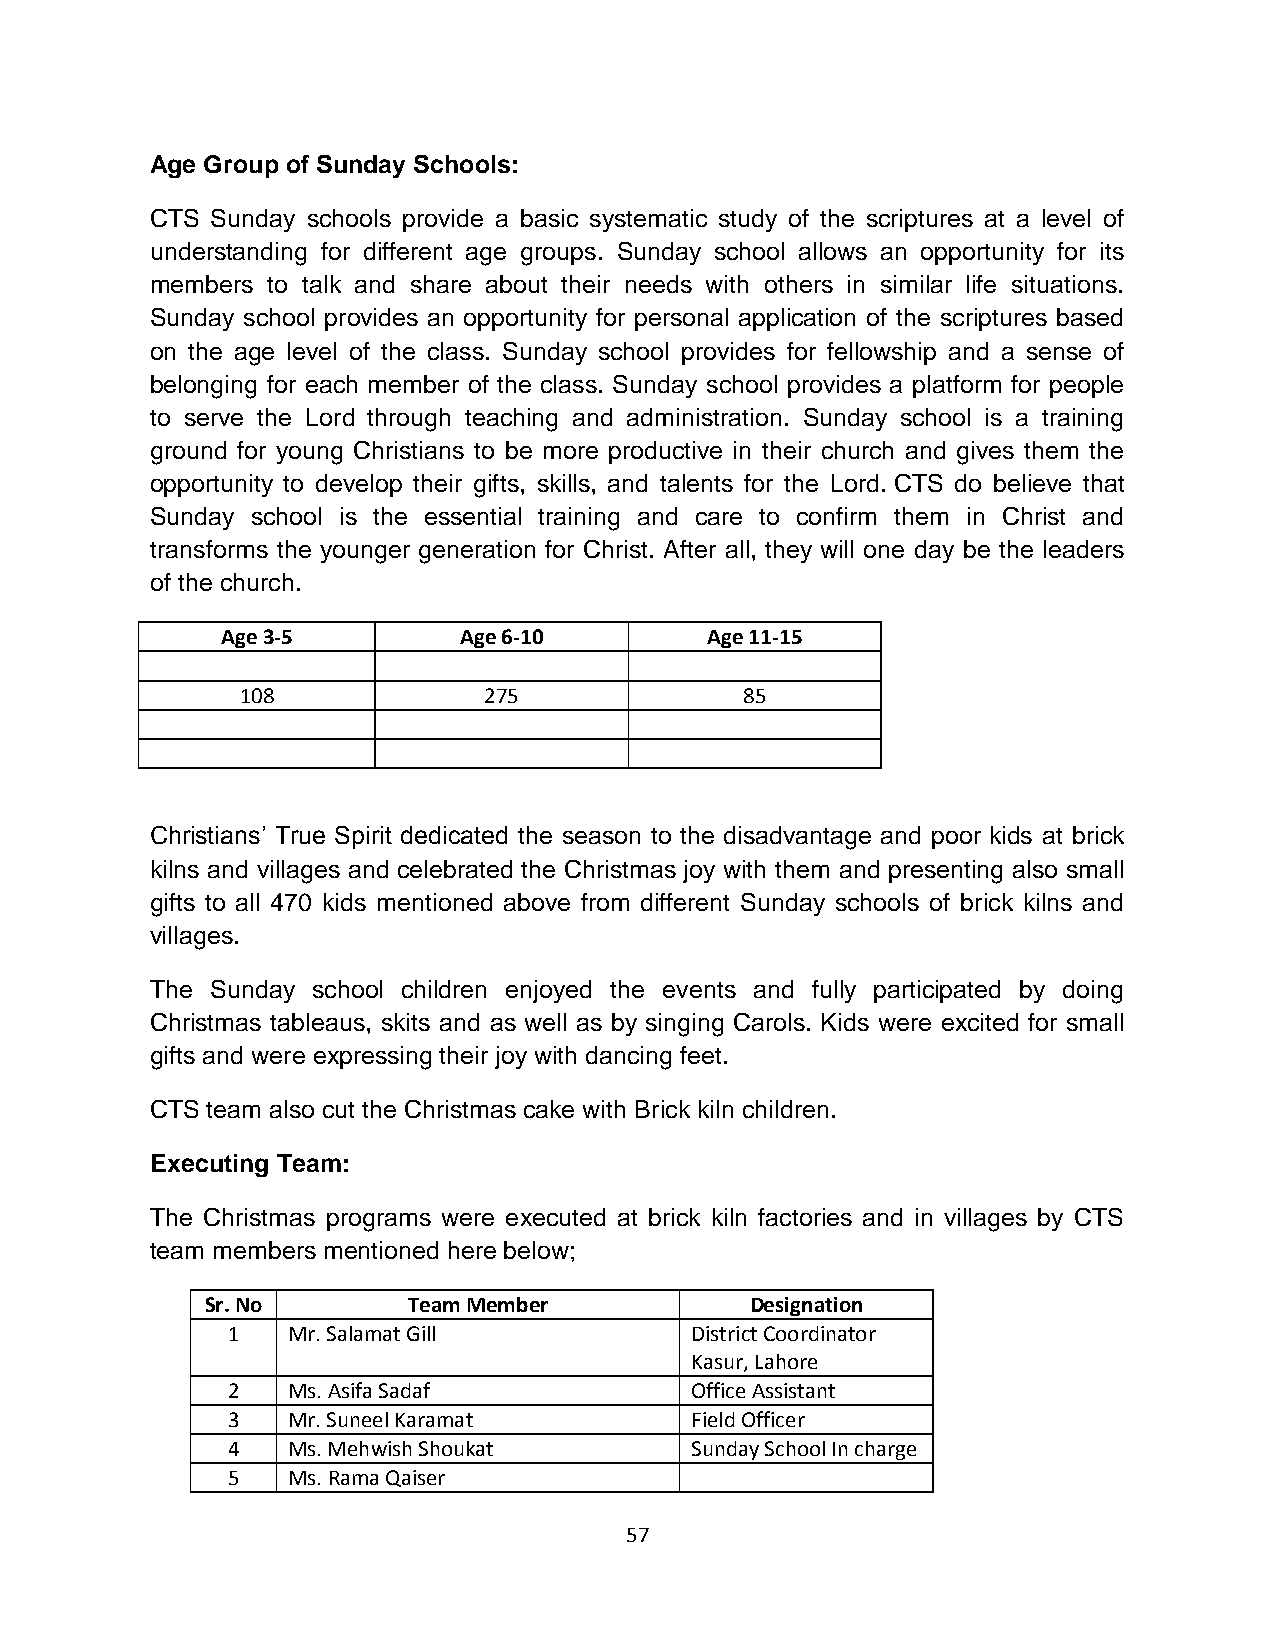
Age Group of Sunday Schools:
 CTS Sunday schools provide a basic systematic study of the scriptures at a level of
 understanding for different age groups. Sunday school allows an opportunity for its
 members to talk and share about their needs with others in similar life situations.
 Sunday school provides an opportunity for personal application of the scriptures based
 on the age level of the class. Sunday school provides for fellowship and a sense of
 belonging for each member of the class. Sunday school provides a platform for people
 to serve the Lord through teaching and administration. Sunday school is a training
 ground for young Christians to be more productive in their church and gives them the
 opportunity to develop their gifts, skills, and talents for the Lord. CTS do believe that
 Sunday school is the essential training and care to confirm them in Christ and
 transforms the younger generation for Christ. After all, they will one day be the leaders
 of the church.
 Age 3-5        Age 6-10         Age 11-15
 108             275              85
 Christians’ True Spirit dedicated the season to the disadvantage and poor kids at brick
 kilns and villages and celebrated the Christmas joy with them and presenting also small
 gifts to all 470 kids mentioned above from different Sunday schools of brick kilns and
 villages.
 The Sunday school children enjoyed the events and fully participated by doing
 Christmas tableaus, skits and as well as by singing Carols. Kids were excited for small
 gifts and were expressing their joy with dancing feet.
 CTS team also cut the Christmas cake with Brick kiln children.
 Executing Team:
 The Christmas programs were executed at brick kiln factories and in villages by CTS
 team members mentioned here below;
 Sr. No       Team Member            Designation
 1   Mr. Salamat Gill           District Coordinator
 Kasur, Lahore
 2   Ms. Asifa Sadaf            Office Assistant
 3   Mr. Suneel Karamat         Field Officer
 4   Ms. Mehwish Shoukat        Sunday School In charge
 5   Ms. Rama Qaiser
 57